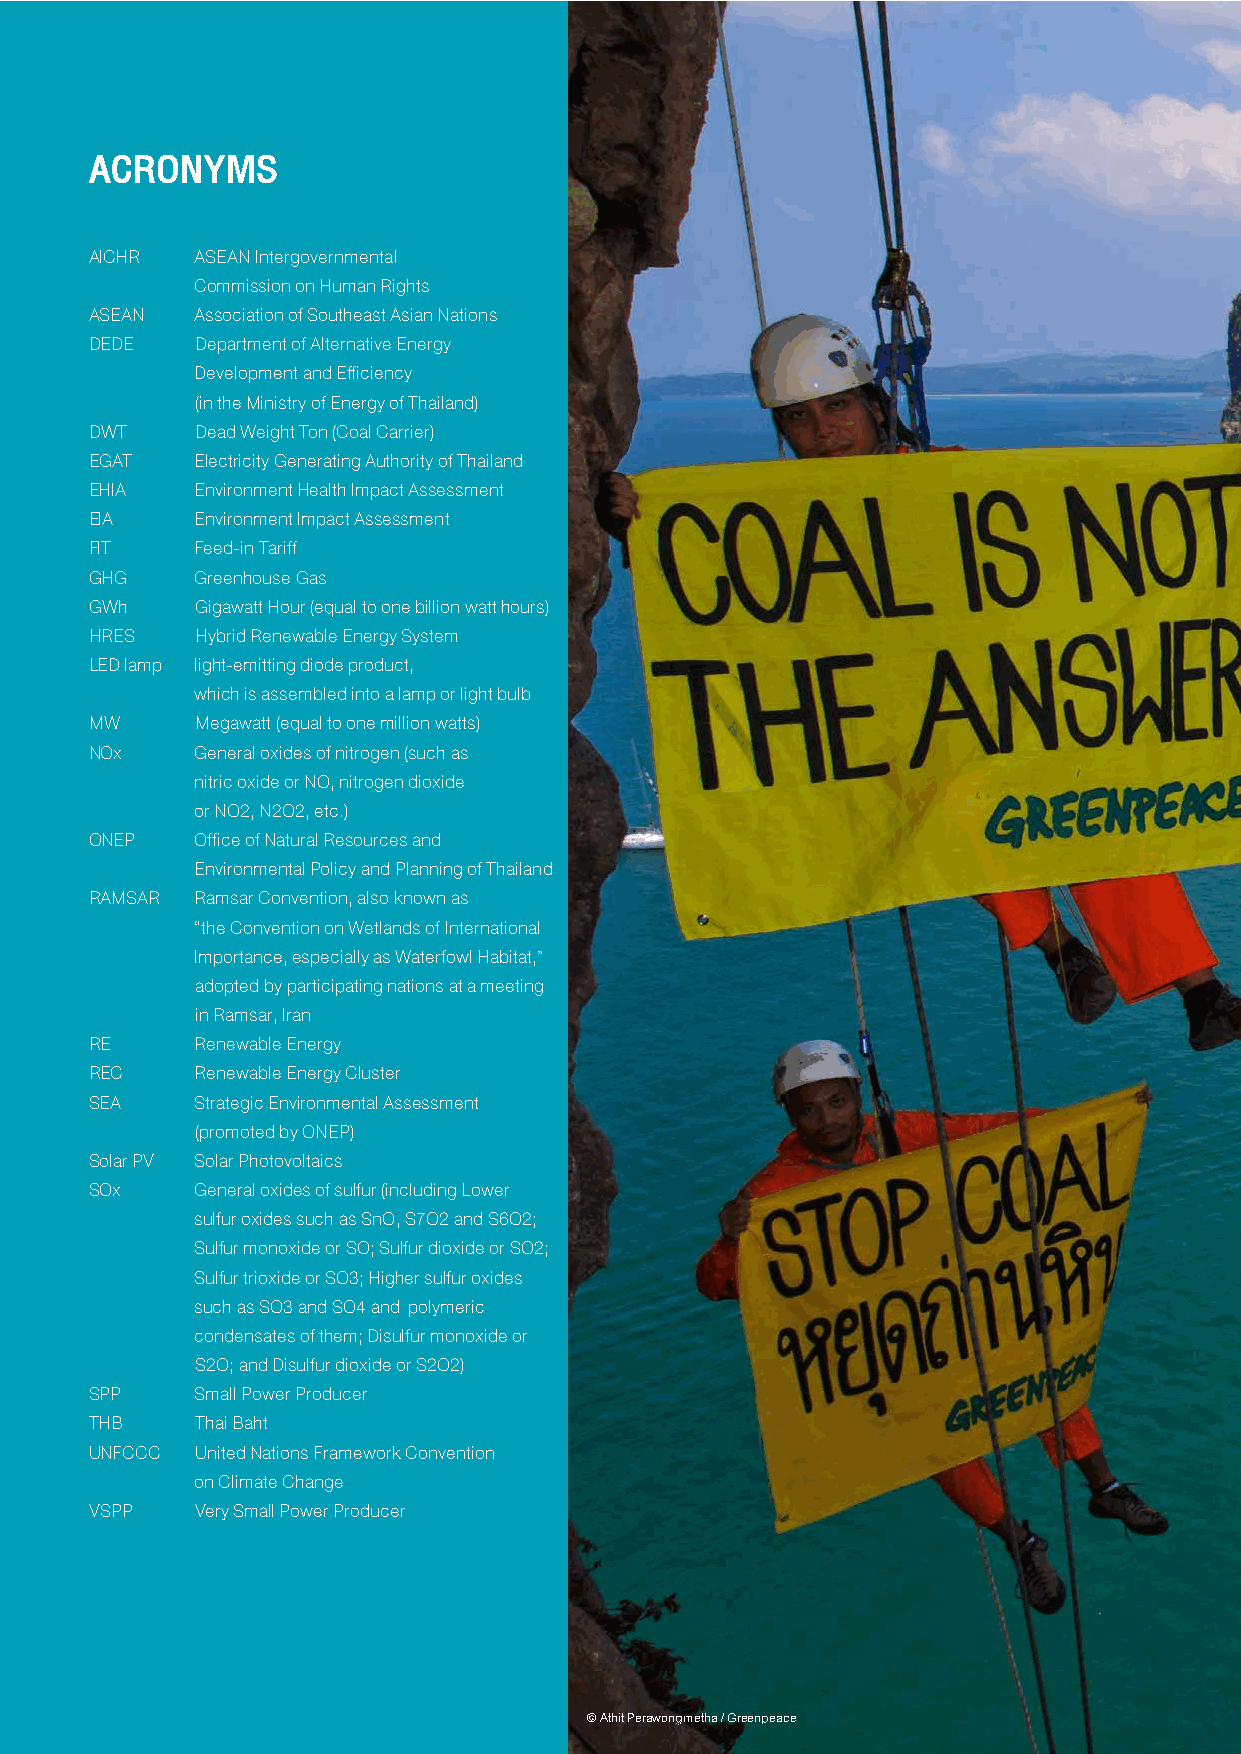
ACRONYMS
 AICHR  ASEAN Intergovernmental
 Commission on Human Rights
 ASEAN  Association of Southeast Asian Nations
 DEDE   Department of Alternative Energy
 Development and Efficiency
 (in the Ministry of Energy of Thailand)
 DWT    Dead Weight Ton (Coal Carrier)
 EGAT   Electricity Generating Authority of Thailand
 EHIA   Environment Health Impact Assessment
 EIA    Environment Impact Assessment
 FIT    Feed-in Tariff
 GHG    Greenhouse Gas
 GWh    Gigawatt Hour (equal to one billion watt hours)
 HRES   Hybrid Renewable Energy System
 LED lamp light-emitting diode product,
 which is assembled into a lamp or light bulb
 MW     Megawatt (equal to one million watts)
 NOx    General oxides of nitrogen (such as
 nitric oxide or NO, nitrogen dioxide
 or NO2, N2O2, etc.)
 ONEP   Office of Natural Resources and
 Environmental Policy and Planning of Thailand
 RAMSAR Ramsar Convention, also known as
 “the Convention on Wetlands of International
 Importance, especially as Waterfowl Habitat,”
 adopted by participating nations at a meeting
 in Ramsar, Iran
 RE     Renewable Energy
 REC    Renewable Energy Cluster
 SEA    Strategic Environmental Assessment
 (promoted by ONEP)
 Solar PV Solar Photovoltaics
 SOx    General oxides of sulfur (including Lower
 sulfur oxides such as SnO, S7O2 and S6O2;
 Sulfur monoxide or SO; Sulfur dioxide or SO2;
 Sulfur trioxide or SO3; Higher sulfur oxides
 such as SO3 and SO4 and polymeric
 condensates of them; Disulfur monoxide or
 S2O; and Disulfur dioxide or S2O2)
 SPP    Small Power Producer
 THB    Thai Baht
 UNFCCC United Nations Framework Convention
 on Climate Change
 VSPP   Very Small Power Producer
 4
 Krabi at the Crossroads Dirty Coal VS. Clean Renewable Energy
 © Athit Perawongmetha / Greenpeace